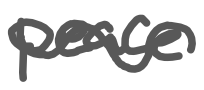
Text: peace
Cross-out: wave
Writing tool: digital_gray